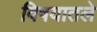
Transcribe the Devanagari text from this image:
विषयातले